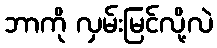
ဘာကို လှမ်းမြင်လို့လဲ